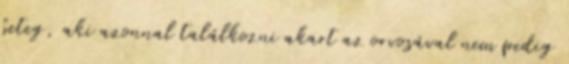
beteg, aki azonnal találkozni akart az orvosával nem pedig